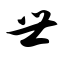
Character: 世